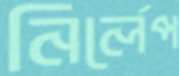
নির্লেপ